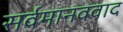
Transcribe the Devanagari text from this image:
सर्वमानववाद